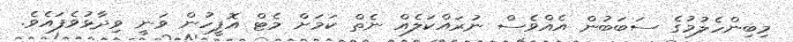
މިބިންހެލުމުގެ ސަބަބުން އެއްވެސް ނުރައްކަލެއް ނެތް ކަމަށް މެޓް އޮފީހުން ވަނީ ވިދާޅުވެފައެވެ.